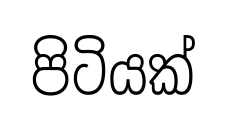
පිටියක්